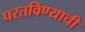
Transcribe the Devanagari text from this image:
परतविण्याची